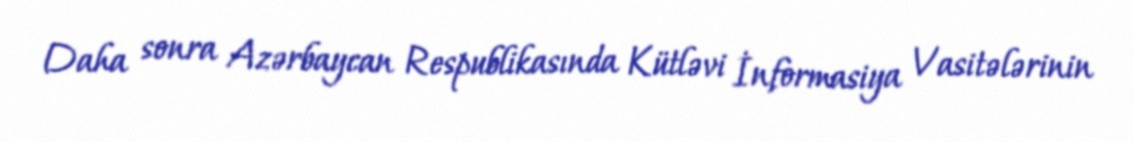
Daha sonra Azərbaycan Respublikasında Kütləvi İnformasiya Vasitələrinin